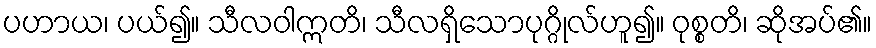
ပဟာယ၊ ပယ်၍။ သီလဝါဣတိ၊ သီလရှိသောပုဂ္ဂိုလ်ဟူ၍။ ဝုစ္စတိ၊ ဆိုအပ်၏။